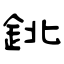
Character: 鉳